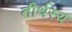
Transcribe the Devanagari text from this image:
तीर्थस्य